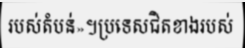
របស់តំបន់»។ប្រទេសជិតខាងរបស់